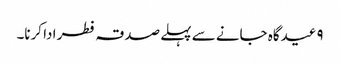
۹ عیدگاہ جانے سے پہلے صدقہ فطر ادا کرنا۔